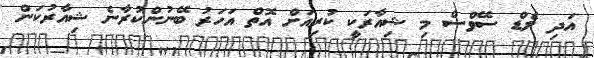
އަދި ލެޑް ސޭވްސް މި ޝިއާރަކީ ކުރިއަށް އޮތް އަހަރު ބޭނުންކުރާނެ ޝިއާރުކަން